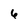
Character: 6